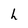
Character: l